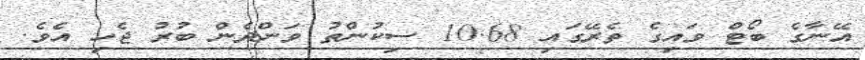
އޭނާގެ ބޯޓް ވައިގެ ތެރޭގައި 10.68 ސިކުންތު ވަންދެން ބުރު ޖެހި އެވެ.